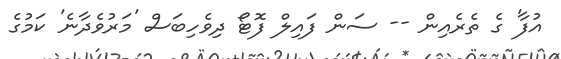
އުފާ' ގެ ތެރެއިން -- ސަން ފައިލް ފޮޓޯ ދިވެހިބަސް 'މަރުވެދާނެ' ކަމުގެ